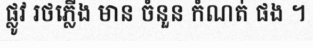
ផ្លូវ រថភ្លើង មាន ចំនួន កំណត់ ផង ។